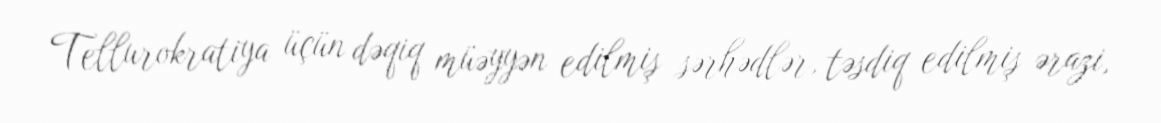
Tellurokratiya üçün dəqiq müəyyən edilmiş sərhədlər, təsdiq edilmiş ərazi,